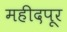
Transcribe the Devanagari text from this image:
महीदपूर